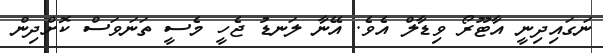
ނަގައިދިނީ އާޓޫރޯ ވިޑާލް އެވެ. އޭނާ ލަނޑު ޖެހީ މެސީ ތަނަވަސް ކޮށްދިން